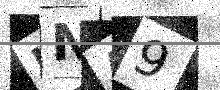
Text: HNA9